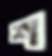
শ